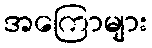
အကြောများ